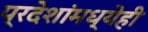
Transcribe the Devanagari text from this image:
प्रदेशांमध्येही